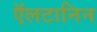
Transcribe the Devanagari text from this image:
ऍलटानिन